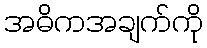
အဓိကအချက်ကို